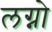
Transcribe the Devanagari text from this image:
लग्नो